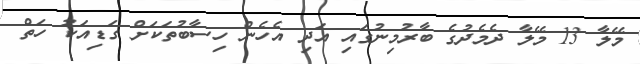
މޭލާ 13 މޭލާ ދެމެދުގެ ބާރުމިނުގައި އަދި އެހެން ހިސާބުތަކަށް ގަޑިއަކު ހަތް